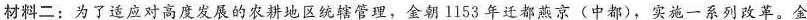
材料二：为了适应对高度发展的农耕地区统辖管理，金朝1153年迁都燕京（中都），实施一系列改革。金